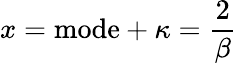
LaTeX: x={\mathrm{mode}}+\kappa={\frac{2}{\beta}}